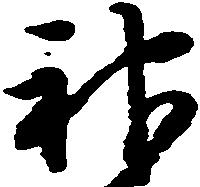
神